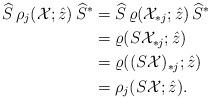
LaTeX: \begin{align*} \widehat{S}\,\rho_{j}(\mathcal{X}; \hat{z})\,\widehat{S}^{*} &= \widehat{S}\,\varrho(\mathcal{X}_{*j}; \hat{z})\,\widehat{S}^{*} \\ &= \varrho(S\mathcal{X}_{*j}; \hat{z}) \\ &= \varrho((S\mathcal{X})_{*j}; \hat{z}) \\ &= \rho_{j}(S\mathcal{X}; \hat{z}). \end{align*}